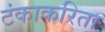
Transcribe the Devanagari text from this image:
टंकाकरिता